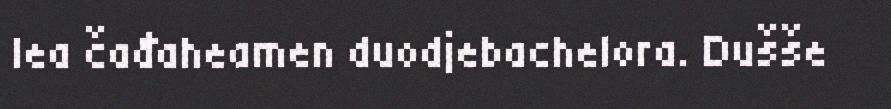
lea čađaheamen duodjebachelora. Dušše